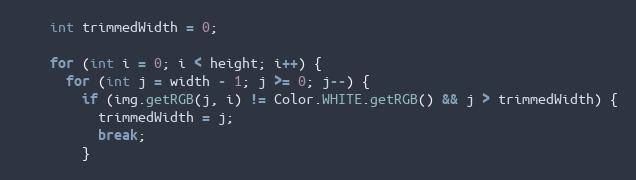
Language: Java
    int trimmedWidth = 0;

    for (int i = 0; i < height; i++) {
      for (int j = width - 1; j >= 0; j--) {
        if (img.getRGB(j, i) != Color.WHITE.getRGB() && j > trimmedWidth) {
          trimmedWidth = j;
          break;
        }